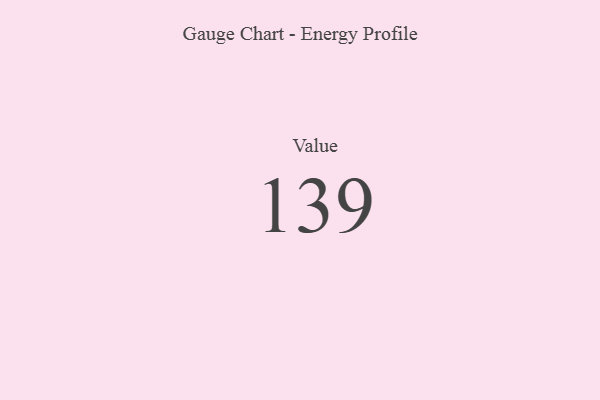
{"axis": {"x": "Metric", "y": "Value"}, "legend": [""], "data": [{"x": "Value", "y": 139, "type": ""}]}